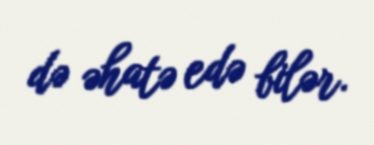
də əhatə edə bilər.